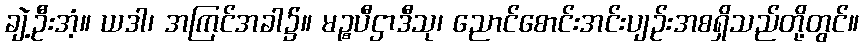
ချဲ့ဦးအံ့။ ယဒါ၊ အကြင်အခါ၌။ မဉ္စပီဌာဒီသု၊ ညောင်စောင်းအင်းပျဉ်းအစရှိသည်တို့တွင်။